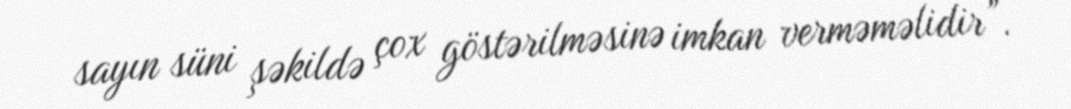
sayın süni şəkildə çox göstərilməsinə imkan verməməlidir”.